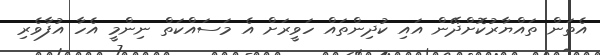
އެތަން ތައްޔާރުކޮށްދޭން އައި ކުދިންތައް ހަވީރަށް އެ މަސައްކަތް ނިންމީ އެހާ އުފާވެރި